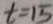
t = 1 5